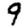
Digit: 9